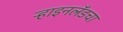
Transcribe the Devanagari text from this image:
ऱ्हाइनलँडचा